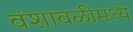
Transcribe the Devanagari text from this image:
वंशावळीमध्ये